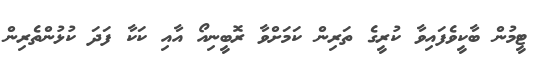
ޓީމުން ބާކީވެފައިވާ ކުރީގެ ތަރިން ކަމަށްވާ ރޮބީނިއޯ އާއި ކަކާ ފަދަ ކުޅުންތެރިން